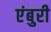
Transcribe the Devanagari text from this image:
एंबुरी